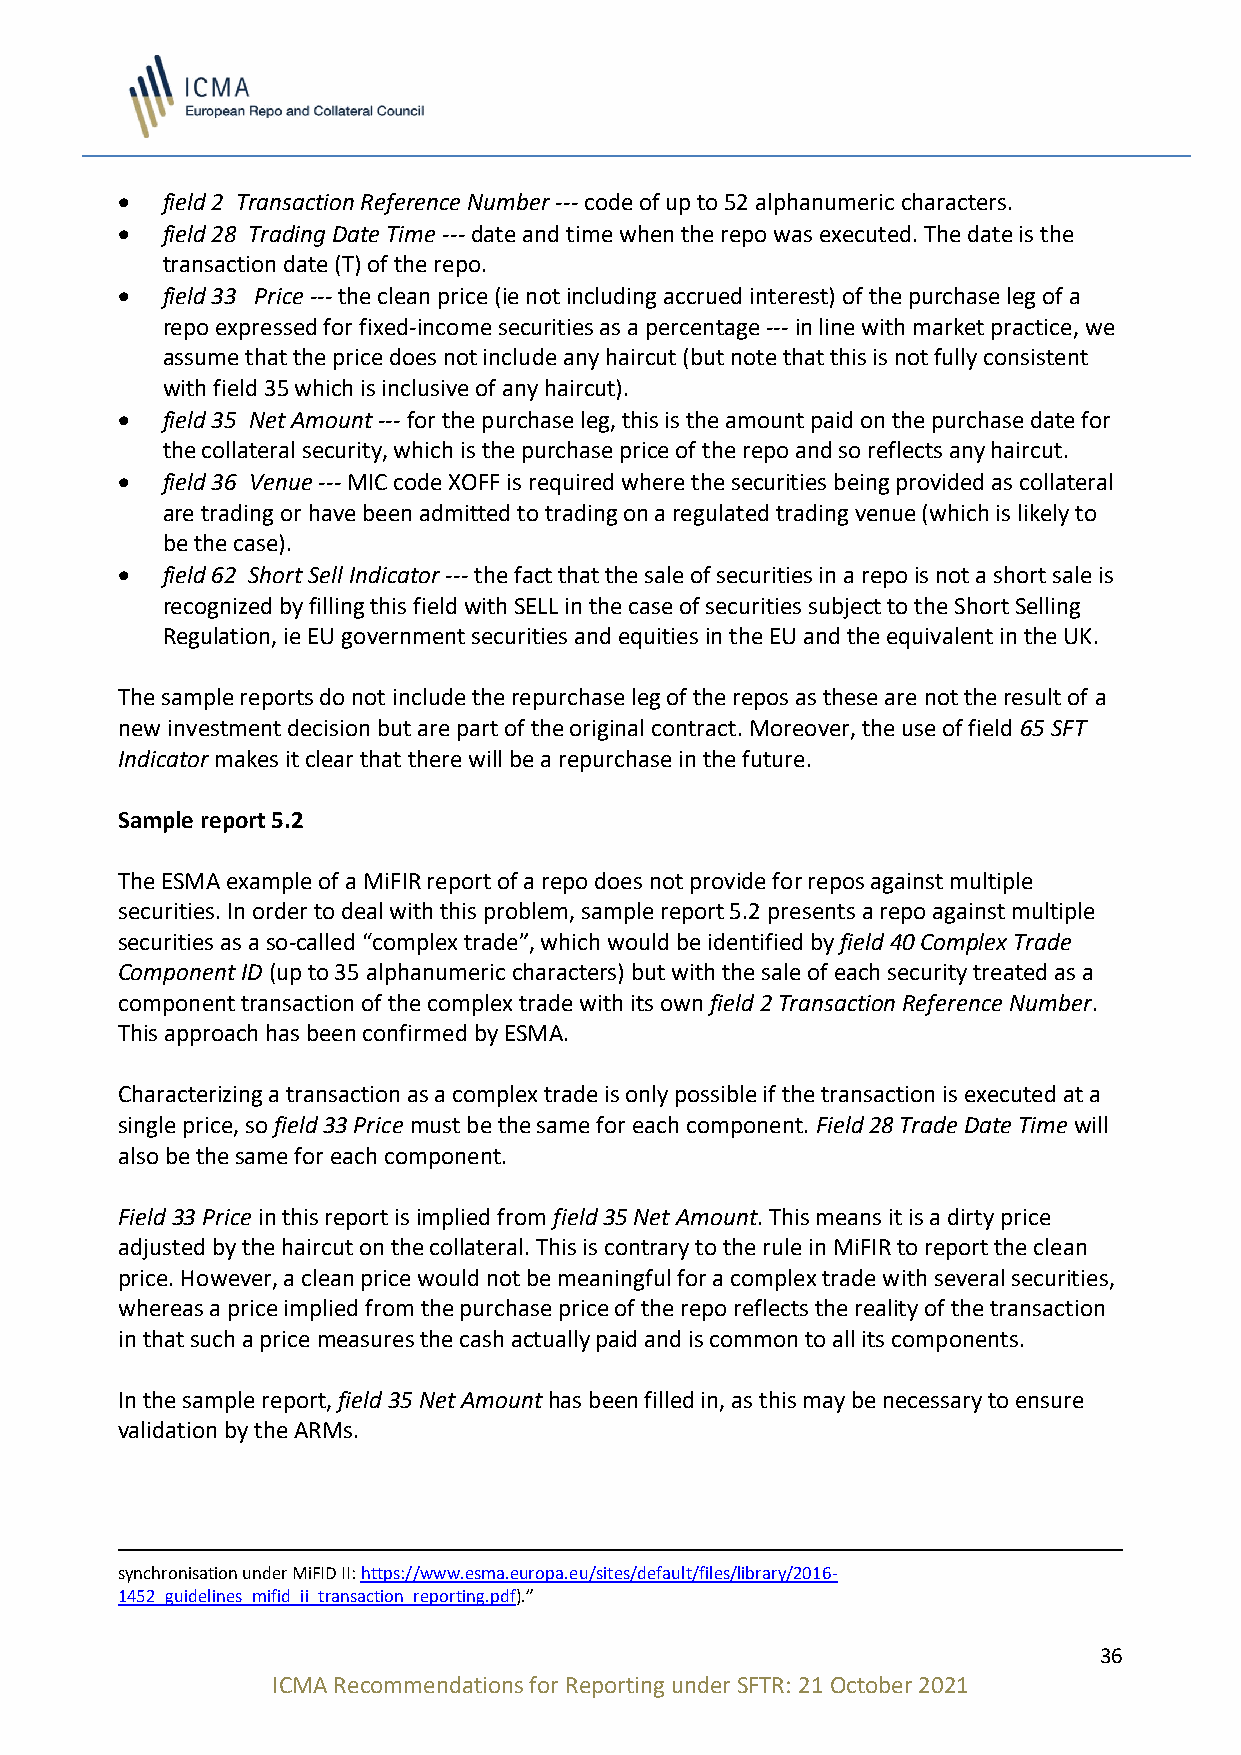
•  field 2 Transaction Reference Number --- code of up to 52 alphanumeric characters.
 •  field 28 Trading Date Time --- date and time when the repo was executed. The date is the
 transaction date (T) of the repo.
 •  field 33 Price --- the clean price (ie not including accrued interest) of the purchase leg of a
 repo expressed for fixed-income securities as a percentage --- in line with market practice, we
 assume that the price does not include any haircut (but note that this is not fully consistent
 with field 35 which is inclusive of any haircut).
 •  field 35 Net Amount --- for the purchase leg, this is the amount paid on the purchase date for
 the collateral security, which is the purchase price of the repo and so reflects any haircut.
 •  field 36 Venue --- MIC code XOFF is required where the securities being provided as collateral
 are trading or have been admitted to trading on a regulated trading venue (which is likely to
 be the case).
 •  field 62 Short Sell Indicator --- the fact that the sale of securities in a repo is not a short sale is
 recognized by filling this field with SELL in the case of securities subject to the Short Selling
 Regulation, ie EU government securities and equities in the EU and the equivalent in the UK.
 The sample reports do not include the repurchase leg of the repos as these are not the result of a
 new investment decision but are part of the original contract. Moreover, the use of field 65 SFT
 Indicator makes it clear that there will be a repurchase in the future.
 Sample report 5.2
 The ESMA example of a MiFIR report of a repo does not provide for repos against multiple
 securities. In order to deal with this problem, sample report 5.2 presents a repo against multiple
 securities as a so-called “complex trade”, which would be identified by field 40 Complex Trade
 Component ID (up to 35 alphanumeric characters) but with the sale of each security treated as a
 component transaction of the complex trade with its own field 2 Transaction Reference Number.
 This approach has been confirmed by ESMA.
 Characterizing a transaction as a complex trade is only possible if the transaction is executed at a
 single price, so field 33 Price must be the same for each component. Field 28 Trade Date Time will
 also be the same for each component.
 Field 33 Price in this report is implied from field 35 Net Amount. This means it is a dirty price
 adjusted by the haircut on the collateral. This is contrary to the rule in MiFIR to report the clean
 price. However, a clean price would not be meaningful for a complex trade with several securities,
 whereas a price implied from the purchase price of the repo reflects the reality of the transaction
 in that such a price measures the cash actually paid and is common to all its components.
 In the sample report, field 35 Net Amount has been filled in, as this may be necessary to ensure
 validation by the ARMs.
 synchronisation under MiFID II: https://www.esma.europa.eu/sites/default/files/library/2016-
 1452_guidelines_mifid_ii_transaction_reporting.pdf).”
 36
 ICMA Recommendations for Reporting under SFTR: 21 October 2021